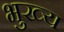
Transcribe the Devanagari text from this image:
भुख्य